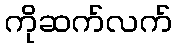
ကိုဆက်လက်